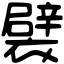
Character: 襞